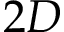
2 D